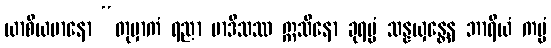
ယာစီယမာနော “တုမှာကံ ရညာ မာဒိသဿ ဣသိနော ခုရပ္ပံ သန္နယှန္တေန ဘာရိယံ ကမ္မံ